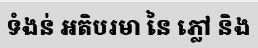
ទំងន់ អតិបរមា នៃ ភ្លៅ និង